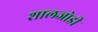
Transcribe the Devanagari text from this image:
शालजोडी